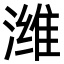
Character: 潍